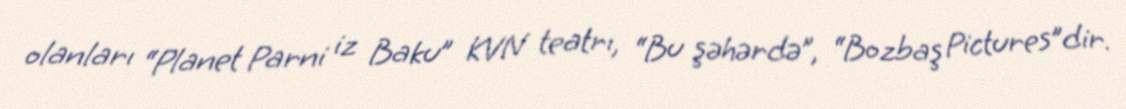
olanları “Planet Parni iz Baku” KVN teatrı, “Bu şəhərdə”, “Bozbaş Pictures”dir.